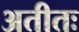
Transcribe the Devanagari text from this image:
अतीतः